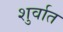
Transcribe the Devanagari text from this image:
शुर्वात